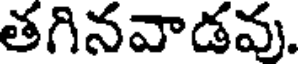
తగినవాడవు.